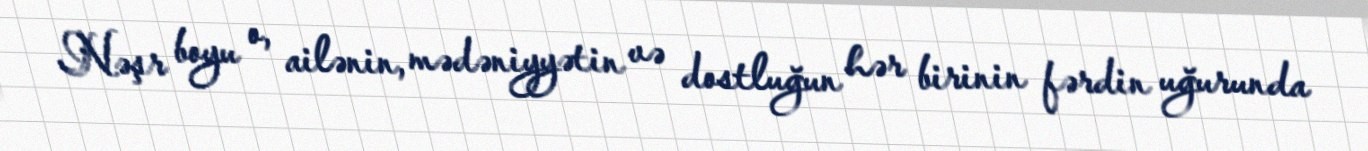
Nəşr boyu o, ailənin, mədəniyyətin və dostluğun hər birinin fərdin uğurunda